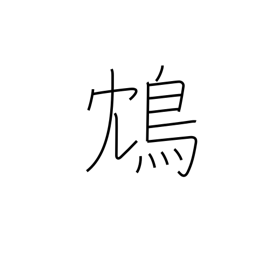
Meaning: a poisonous Chinese bird